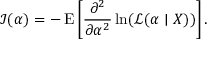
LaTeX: { \mathcal { I } } ( \alpha ) = - \operatorname { E } \left[ { \frac { \partial ^ { 2 } } { \partial \alpha ^ { 2 } } } \ln ( { \mathcal { L } } ( \alpha \mid X ) ) \right] .